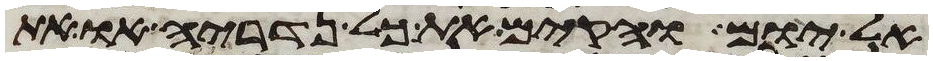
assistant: אל יום והקם את כל נדריה או את